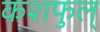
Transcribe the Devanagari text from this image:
कशफुल्